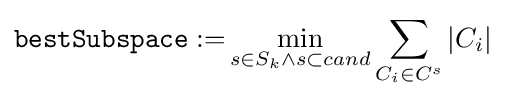
{\mathtt {bestSubspace:=}}\min _{s\in S_{k}\wedge s\subset cand}\sum _{C_{i}\in C^{s}}|C_{i}|